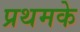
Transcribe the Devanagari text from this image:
प्रथमके